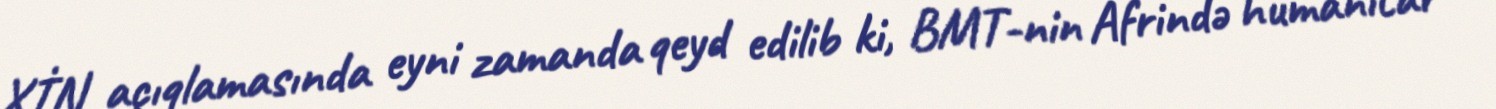
XİN açıqlamasında eyni zamanda qeyd edilib ki, BMT-nin Afrində humanitar